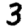
Digit: 3